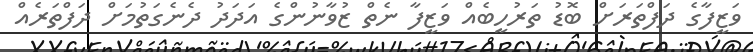
ވަޒީފާގެ ދަފްތަރަށް ބޮޑު ތަރުހީބެއް ވަޒީފާ ނެތް ޒުވާނުންގެ އަދަދު ދެނެގަތުމަށް ދަފްތަރެއް